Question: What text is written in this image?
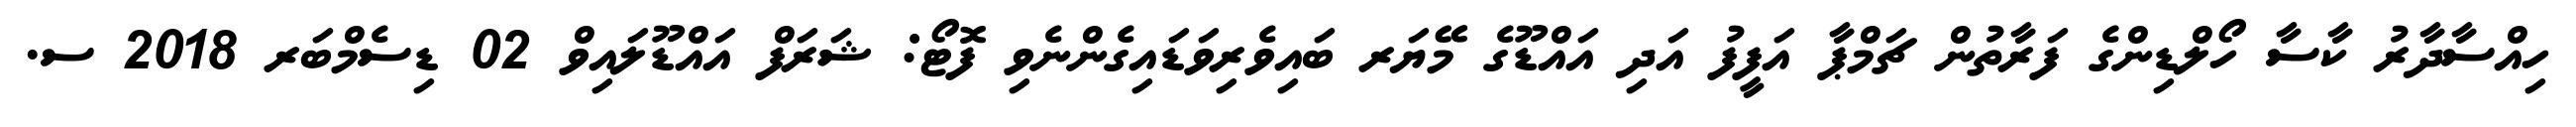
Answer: ހިއްސާދާރު ކާސާ ހޯލްޑިންގެ ފަރާތުން ޗަމްޕާ އަފީފު އަދި އައްޑޫގެ މޭޔަރ ބައިވެރިވަޑައިގެންނެވި ފޮޓޯ: ޝަރަފް އައްޑޫލައިވް 02 ޑިސެމްބަރ 2018 ސ.